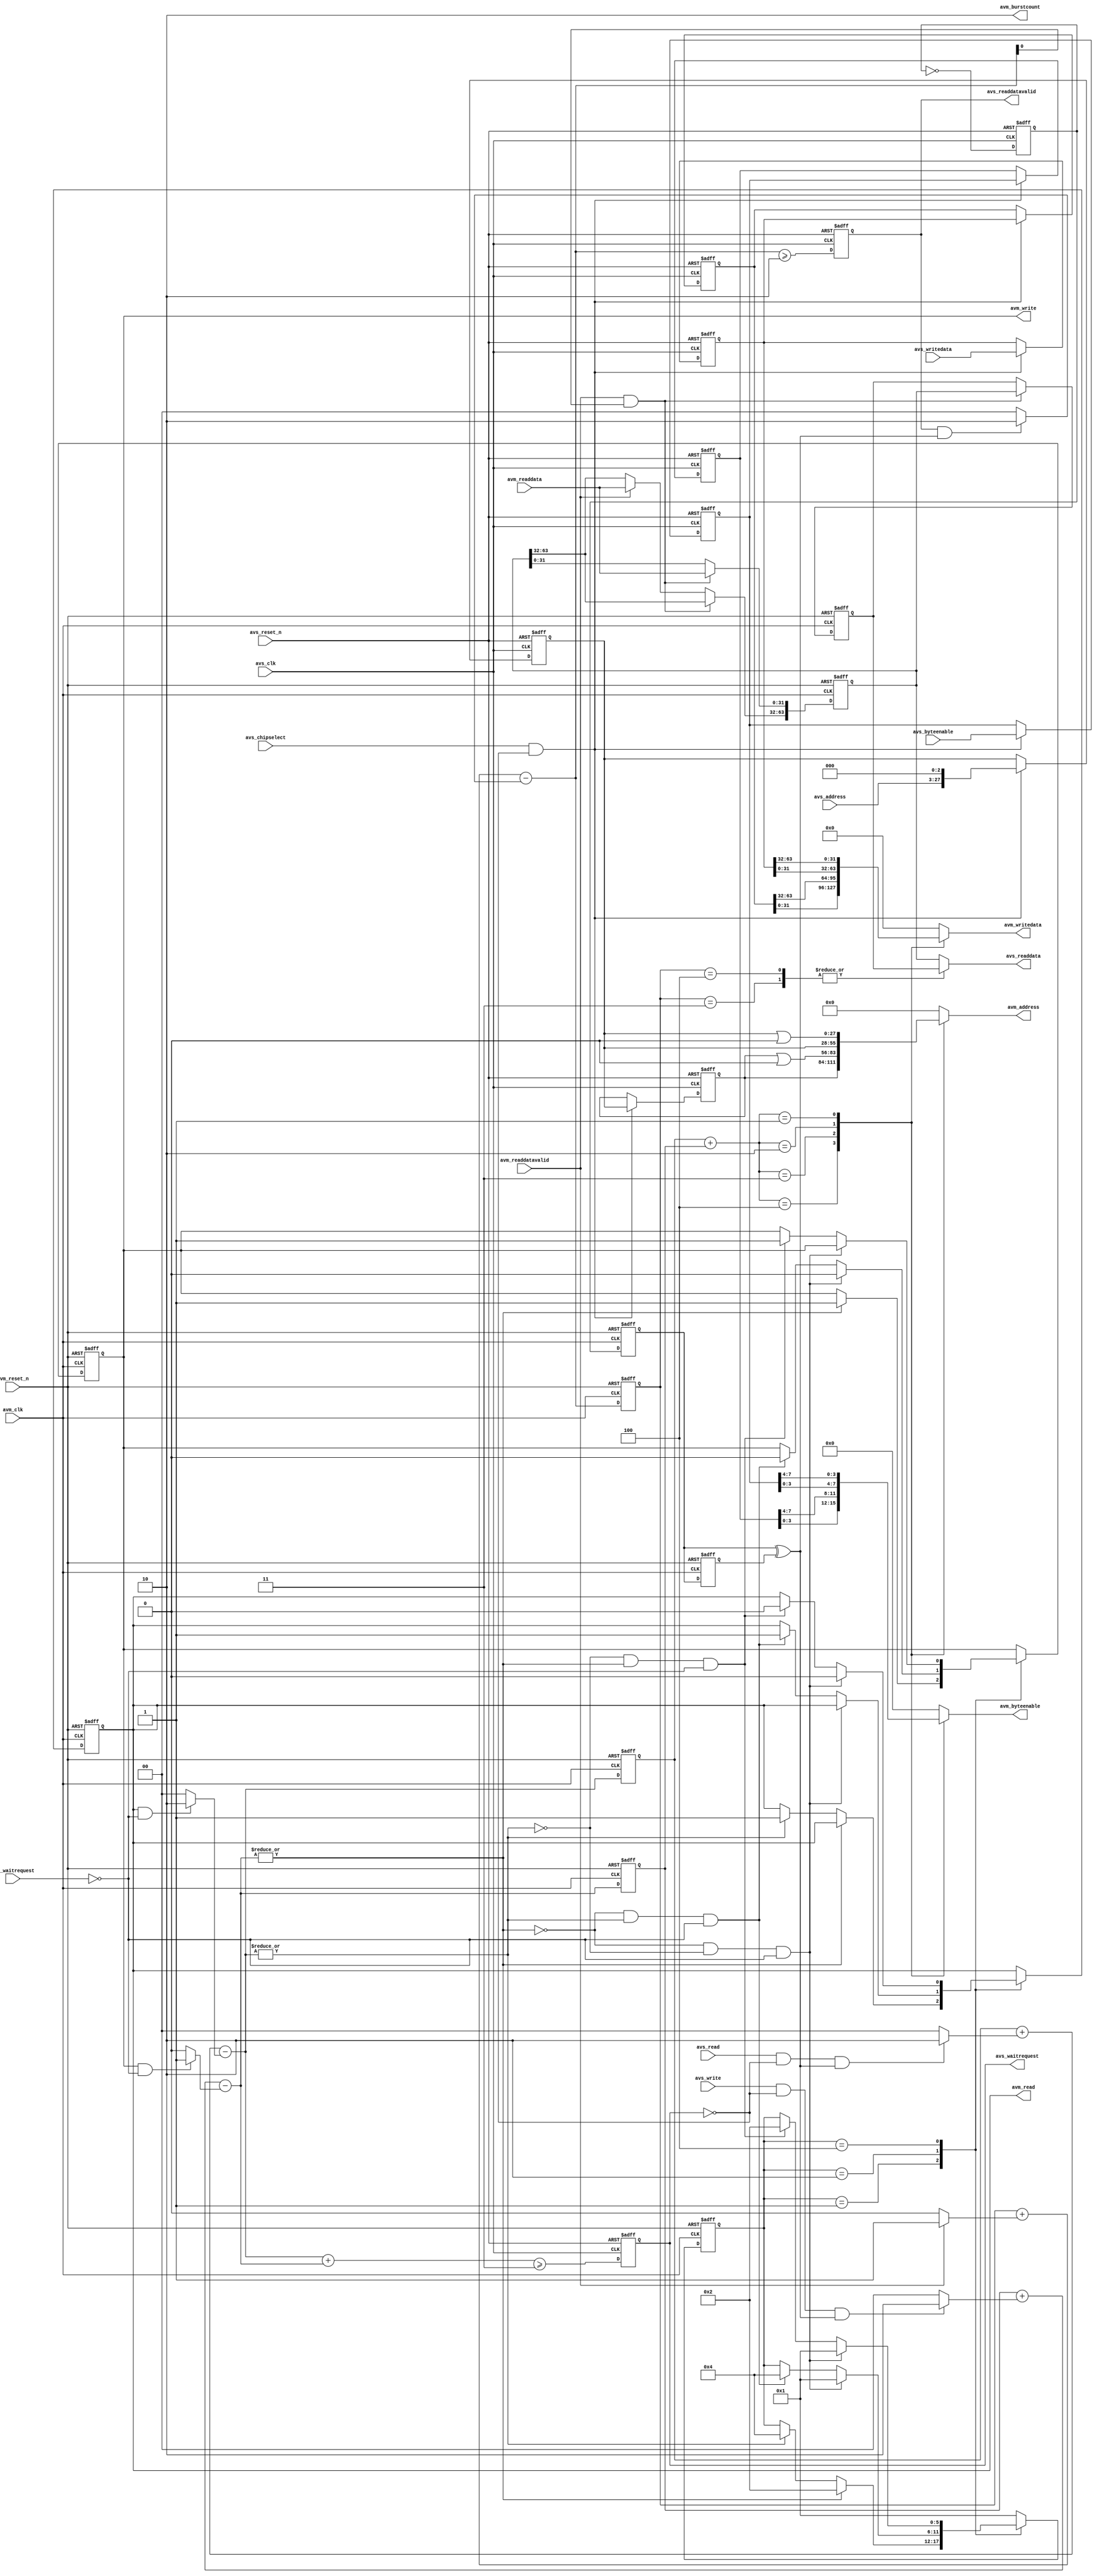
//Legal Notice: (C)2010 Altera Corporation. All rights reserved.  Your
//use of Altera Corporation's design tools, logic functions and other
//software and tools, and its AMPP partner logic functions, and any
//output files any of the foregoing (including device programming or
//simulation files), and any associated documentation or information are
//expressly subject to the terms and conditions of the Altera Program
//License Subscription Agreement or other applicable license agreement,
//including, without limitation, that your use is for the sole purpose
//of programming logic devices manufactured by Altera and sold by Altera
//or its authorized distributors.  Please refer to the applicable
//agreement for further details.

// ================================================================================
// Altera Avalon Half Rate Bridge
//
// Interface between two Avalon bus segments where master interface is
// clocked at twice the rate and synchronous to the slave interface
// ================================================================================

`timescale 1ns/1ns
module altera_avalon_half_rate_bridge (
                  avs_reset_n,
                  avm_reset_n,

                  // Avalon slave
                  avs_clk,
                  avs_chipselect,
                  avs_address,
                  avs_write,
                  avs_read,
                  avs_byteenable,
                  avs_writedata,

                  avs_readdata,
                  avs_waitrequest,
                  avs_readdatavalid,

                  // Avalon master
                  avm_clk,

                  avm_burstcount,
                  avm_address,
                  avm_write,
                  avm_read,
                  avm_byteenable,
                  avm_writedata,

                  avm_readdata,
                  avm_waitrequest,
                  avm_readdatavalid
                  );

  localparam ENABLE_BURSTING_MASTER = 1;
  parameter AVM_DATA_WIDTH = 32;
  parameter AVM_ADDR_WIDTH = 28;
  parameter AVM_BYTE_WIDTH =  4;
  parameter AVS_DATA_WIDTH = 64;
  parameter AVS_ADDR_WIDTH = 25;
  parameter AVS_BYTE_WIDTH =  8;


  // constant function to get number of bits from size
  // e.g. burstlength 8 requires 4 bit burstcount [3:0]
  function integer log2 (input integer size);
    begin
      for(log2 = 0; size > 0; log2 = log2 + 1)
        size = size >> 1;
      log2 = log2 - 1;
    end
  endfunction

  // Avalon slave
  input                        avs_reset_n;            // Active low asynch reset
  input                        avm_reset_n;

  input                        avs_clk;
  input                        avs_chipselect;
  input [AVS_ADDR_WIDTH-1:0]   avs_address;
  input                        avs_write;
  input                        avs_read;
  input [AVS_BYTE_WIDTH-1:0]   avs_byteenable;
  input [AVS_DATA_WIDTH-1:0]   avs_writedata;

  output [AVS_DATA_WIDTH-1:0]  avs_readdata;
  output                       avs_waitrequest;
  output                       avs_readdatavalid;

  // Avalon master
  input                        avm_clk;  // Must be 2x and synchronous to avs_clk
  input [AVM_DATA_WIDTH-1:0]   avm_readdata;
  input                        avm_waitrequest;
  input                        avm_readdatavalid;

  output [AVM_ADDR_WIDTH-1:0]  avm_address;
  output                       avm_write;
  output                       avm_read;
  output [AVM_BYTE_WIDTH-1:0]  avm_byteenable;
  output [AVM_DATA_WIDTH-1:0]  avm_writedata;
  output [1:0]                 avm_burstcount;

  reg                          avs_waitrequest;
  wire [2:0]                   avm_nxt_wr_txfers;
  wire [2:0]                   avm_nxt_rd_txfers;
  reg                          avm_read;
  reg                          avm_write;
  reg [AVM_ADDR_WIDTH-1:0]     avm_address;
  reg [AVM_BYTE_WIDTH-1:0]     avm_byteenable;
  reg [AVM_DATA_WIDTH-1:0]     avm_writedata;
  wire [1:0]                   avm_burstcount = 2'd2;
  wire [AVM_BYTE_WIDTH:0]      avm_addr_offset;

  generate
    if (ENABLE_BURSTING_MASTER)
      assign avm_addr_offset =  0;
    else
      assign avm_addr_offset =  (1'b1<<((log2(AVM_BYTE_WIDTH))));

  endgenerate
  //---------------------------------------------------------------------------
  // AVS Control
  //---------------------------------------------------------------------------
  wire [2:0] avm_nxt_txfers;

  always @(posedge avs_clk or negedge avs_reset_n)
    if (~avs_reset_n)
      avs_waitrequest <= 1'b1;
    else
      avs_waitrequest <= (avm_nxt_txfers >= 4'b011);

  reg avs_toggle;
  always @(posedge avs_clk or negedge avs_reset_n)
    if (~avs_reset_n)
      avs_toggle <= 1'b0;
    else
      avs_toggle <= ~avs_toggle;

  reg avm_toggle;
  reg avm_toggle_r;
  always @(posedge avm_clk or negedge avm_reset_n)
    if (~avm_reset_n)
    begin
      avm_toggle <= 1'b0;
      avm_toggle_r <= 1'b0;
    end
    else
    begin
      avm_toggle <= avs_toggle;
      avm_toggle_r <= avm_toggle;
    end

  wire avs_clk_ph = avm_toggle ^ avm_toggle_r;

  //---------------------------------------------------------------------------
  // Write path
  //---------------------------------------------------------------------------

  // Buffers can hold two avs transfers equivalent to four avm transfers
  reg [AVS_DATA_WIDTH-1:0] avs_writedata_r;
  reg [AVS_BYTE_WIDTH-1:0] avs_byteenable_r;
  reg [AVM_ADDR_WIDTH-1:0] avs_addr_r;
  reg [AVS_DATA_WIDTH-1:0] avs_skid;
  reg [AVS_BYTE_WIDTH-1:0] avs_byte_skid;
  reg [AVM_ADDR_WIDTH-1:0] avs_addr_skid;
  always @(posedge avs_clk or negedge avs_reset_n)
    if (~avs_reset_n)
    begin
      avs_writedata_r <= {AVS_DATA_WIDTH{1'b0}};
      avs_byteenable_r <= {AVS_BYTE_WIDTH{1'b0}};
      avs_addr_r <= {AVM_ADDR_WIDTH{1'b0}};
      avs_skid <= {AVS_DATA_WIDTH{1'b0}};
      avs_byte_skid <= {AVS_BYTE_WIDTH{1'b0}};
      avs_addr_skid <= {AVM_ADDR_WIDTH{1'b0}};
    end
    else if (avs_chipselect & ~avs_waitrequest)
    begin
      avs_writedata_r <= avs_writedata;
      avs_byteenable_r <= avs_byteenable;
      avs_addr_r <= {avs_address, {log2(AVS_BYTE_WIDTH){1'b0}}};
      avs_skid <= avs_writedata_r;
      avs_byte_skid <= avs_byteenable_r;
      avs_addr_skid <= avs_addr_r;
    end

  // Count number of oustanding avm write transfers
  reg [2:0] avm_wr_txfers;

  // decrement by 1 for every avm transfer
  wire      wr_txfers_dec = avm_write & ~avm_waitrequest;

  // increment by 2 for every avs transfer
  wire      wr_txfers_inc2 = avs_write & ~avs_waitrequest & avs_clk_ph;

  assign avm_nxt_wr_txfers = avm_wr_txfers + (wr_txfers_inc2 ? 3'b010 : 3'b0)
                                           - (wr_txfers_dec ? 3'b001 : 3'b0);

  always @(posedge avm_clk or negedge avm_reset_n)
    if (~avm_reset_n)
      avm_wr_txfers <= 3'b0;
    else
      avm_wr_txfers <= avm_nxt_wr_txfers;

  //---------------------------------------------------------------------------
  // Read path
  //---------------------------------------------------------------------------
  reg avs_readdatavalid;
  reg [AVS_DATA_WIDTH-1:0] avs_readdata;

  // Count number of oustanding avm read requests
  reg [2:0] avm_rd_txfers;

  // decrement for every avm transfer
  wire      rd_txfers_dec = avm_read & ~avm_waitrequest;

  // increment by 2 for every avs transfer
  wire      rd_txfers_inc2 = avs_read & ~avs_waitrequest & avs_clk_ph;

  generate
    if (ENABLE_BURSTING_MASTER)
      // decrement by 2 for each avm read if bursting is enabled
      assign avm_nxt_rd_txfers = avm_rd_txfers + (rd_txfers_inc2 ? 3'b010 : 3'b0)
                                               - (rd_txfers_dec ? 3'b010 : 3'b0);
    else
      assign avm_nxt_rd_txfers = avm_rd_txfers + (rd_txfers_inc2 ? 3'b010 : 3'b0)
                                               - (rd_txfers_dec ? 3'b001 : 3'b0);
  endgenerate
  always @(posedge avm_clk or negedge avm_reset_n)
    if (~avm_reset_n)
      avm_rd_txfers <= 3'b0;
    else
      avm_rd_txfers <= avm_nxt_rd_txfers;

  // Count number of oustanding avm read data transfers
  reg [2:0] avm_rd_data_txfers;

  // decrement by 2 for every avs transfer
  wire      rd_data_txfers_dec2 = avs_readdatavalid & avs_clk_ph;

  // increment by 1 for every avm transfer
  wire      rd_data_txfers_inc = avm_readdatavalid;

  wire [2:0] avm_nxt_rd_data_txfers = avm_rd_data_txfers + (rd_data_txfers_inc ? 3'b001 : 3'b0)
                                                         - (rd_data_txfers_dec2 ? 3'b010 : 3'b0);

  assign     avm_nxt_txfers = avm_nxt_rd_txfers + avm_nxt_wr_txfers;
  wire [2:0] avm_txfers = avm_rd_txfers + avm_wr_txfers;

  always @(posedge avm_clk or negedge avm_reset_n)
    if (~avm_reset_n)
      avm_rd_data_txfers <= 3'b0;
    else
      avm_rd_data_txfers <= avm_nxt_rd_data_txfers;

  always @(posedge avs_clk or negedge avs_reset_n)
    if (~avs_reset_n)
      avs_readdatavalid <= 1'b0;
    else
      avs_readdatavalid <= (avm_nxt_rd_data_txfers >= 3'b010);

  reg [AVS_DATA_WIDTH-1:0] avm_readdata_r;
  reg [AVS_DATA_WIDTH-1:0] avm_skid;
  always @(posedge avm_clk or negedge avm_reset_n)
    if (~avm_reset_n)
    begin
      avm_readdata_r <= {AVS_DATA_WIDTH{1'b0}};
      avm_skid <= {AVS_DATA_WIDTH{1'b0}};
    end
    else if (avm_readdatavalid & avm_nxt_rd_data_txfers[0])
    begin
      avm_readdata_r[AVM_DATA_WIDTH-1:0] <= avm_readdata;
      avm_skid <= avm_readdata_r;
    end
    else if (avm_readdatavalid)
    begin
      avm_readdata_r[AVS_DATA_WIDTH-1:AVM_DATA_WIDTH] <= avm_readdata;
    end

  always @(avm_readdata_r, avm_rd_data_txfers, avm_skid)
    case (avm_rd_data_txfers)
      3'd4, 3'd3:       avs_readdata = avm_skid;

      default:          avs_readdata = avm_readdata_r;
    endcase

  //---------------------------------------------------------------------------
  // AVM control
  //---------------------------------------------------------------------------
  reg [5:0] avm_state;
  localparam AVM_IDLE   = 6'b000001,
             AVM_WRITE1 = 6'b000010,
             AVM_READ1  = 6'b000100;

  always @(posedge avm_clk or negedge avm_reset_n)
    if (~avm_reset_n)
    begin
      avm_write <= 1'b0;
      avm_read <= 1'b0;
      avm_state <= AVM_IDLE;
    end
    else
      case (avm_state)
        AVM_IDLE:
          if (|(avm_nxt_wr_txfers))
          begin
            avm_write <= 1'b1;
            avm_state <= AVM_WRITE1;
          end
          else if (|(avm_nxt_rd_txfers))
          begin
            avm_read <= 1'b1;
            avm_state <= AVM_READ1;
          end

        AVM_WRITE1:
          if (~(|avm_nxt_wr_txfers) & ~(|avm_nxt_rd_txfers) & ~avm_waitrequest)
          begin
            avm_write <= 1'b0;
            avm_state <= AVM_IDLE;
          end
          else if (~(|avm_nxt_wr_txfers) & (|avm_nxt_rd_txfers) & ~avm_waitrequest)
          begin
            avm_write <= 1'b0;
            avm_read <= 1'b1;
            avm_state <= AVM_READ1;
          end

        AVM_READ1:
          if (~(|avm_nxt_rd_txfers) & ~(|avm_nxt_wr_txfers) & ~avm_waitrequest)
          begin
            avm_read <= 1'b0;
            avm_state <= AVM_IDLE;
          end
          else if (~(|avm_nxt_rd_txfers) & (|avm_nxt_wr_txfers) & ~avm_waitrequest)
          begin
            avm_read <= 1'b0;
            avm_write <= 1'b1;
            avm_state <= AVM_WRITE1;
          end

        default:
          avm_state <= AVM_IDLE;

      endcase

  // Write data is selected from the buffers depending on how many transfers
  // are outstanding
  always @(avs_writedata_r, avs_skid, avm_txfers)
    case (avm_txfers)
      3'd4: avm_writedata <= avs_skid[AVM_DATA_WIDTH-1:0];

      3'd3: avm_writedata <= avs_skid[AVS_DATA_WIDTH-1:AVM_DATA_WIDTH];
      
      3'd2: avm_writedata <= avs_writedata_r[AVM_DATA_WIDTH-1:0];

      3'd1: avm_writedata <= avs_writedata_r[AVS_DATA_WIDTH-1:AVM_DATA_WIDTH];

      default: avm_writedata <= {AVM_DATA_WIDTH{1'b0}};
    endcase

  // Similarly for byte enables
  always @(avm_state, avs_byteenable_r, avs_byte_skid, avm_txfers)
    case (avm_txfers)
      3'd4: avm_byteenable <= avs_byte_skid[AVM_BYTE_WIDTH-1:0];

      3'd3: avm_byteenable <= avs_byte_skid[AVS_BYTE_WIDTH-1:AVM_BYTE_WIDTH];

      3'd2: avm_byteenable <= avs_byteenable_r[AVM_BYTE_WIDTH-1:0];

      3'd1: avm_byteenable <= avs_byteenable_r[AVS_BYTE_WIDTH-1:AVM_BYTE_WIDTH];

      default: avm_byteenable <= {AVM_BYTE_WIDTH{1'b0}};
    endcase

  // And address
  always @(avm_state, avs_addr_r, avs_addr_skid, avm_txfers)
    case (avm_txfers)
      3'd4: avm_address <= avs_addr_skid;

      3'd3: avm_address <= avs_addr_skid | avm_addr_offset;

      3'd2: avm_address <= avs_addr_r;

      3'd1: avm_address <= avs_addr_r | avm_addr_offset;

      default: avm_address <= {AVM_ADDR_WIDTH{1'b0}};
    endcase

endmodule